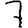
Digit: 7